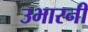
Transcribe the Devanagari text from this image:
उभारनी